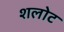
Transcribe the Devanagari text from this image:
शलोट